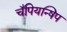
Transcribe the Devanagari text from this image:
चँपियन्षिप